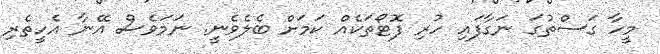
މީހާ ގަސްތުގަ ނަގާފައި ހުރި ފޮޓޯތަކެއް ކަމަށް ބެލެވެނީ. ނަމަވެސް އޭނާ އެހީތެރި